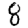
Digit: 8